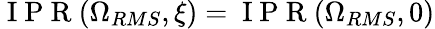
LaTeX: \mathrm{~I~P~R~}(\Omega_{RMS},\xi)=\mathrm{~I~P~R~}(\Omega_{RMS},0)